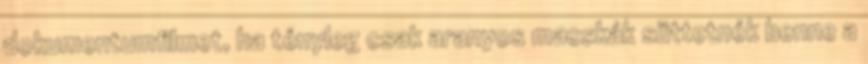
dokumentumfilmet, ha tényleg csak aranyos macskák süttetnék benne a